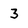
Character: 3